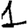
Digit: 1